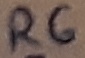
Text: R6